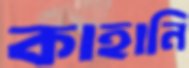
কাহানি